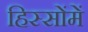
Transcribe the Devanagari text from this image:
हिस्सोंमें